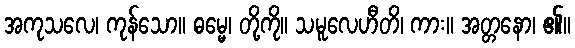
အကုသလေ၊ ကုန်သော။ ဓမ္မေ၊ တို့ကို။ သမူလေဟီတိ၊ ကား။ အတ္တနော၊ ၏။